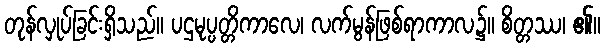
တုန်လှုပ်ခြင်းရှိသည်။ ပဌမုပ္ပတ္တိကာလေ၊ လက်မွန်ဖြစ်ရာကာလ၌။ စိတ္တဿ၊ ၏။